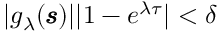
\begin{array} { r } { | g _ { \lambda } ( \pmb { \mathscr { s } } ) | | 1 - e ^ { \lambda \tau } | < \delta } \end{array}